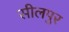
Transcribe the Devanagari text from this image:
सीलपुर